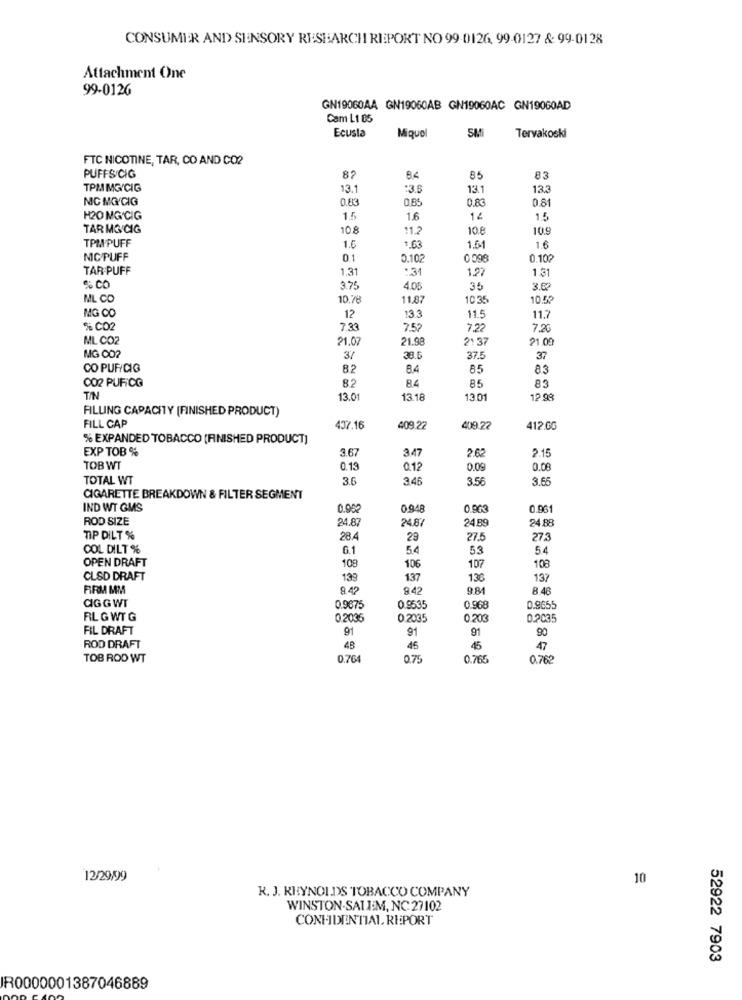
CONSUMER AND> SENSORY RESEARCH REPORT NO 99-0126, 99-0127 & 99-0128
Attachment One
99-0126
GN19060AA GN19060AB GN19060AC GN19060AD
Cam L1 85
Ecusla
SMi
Miquel
Tervakoski
FTC NICOTINE, TAR, CO AND CO?
PUFFS/CIG
87
85
83
TPM MG/CIG
13.1
:3.6
13.1
13.3
MC MG/CIG
0.83
0.85
0.83
08
H20 MG'CIG
1.5
1.6
14
1.5
TAR MG CIG
10.8
11.2
10.8
109
TPM PUFF
1.0
1.63
1.61
1.6
NIC/PUFF
01
0.10
0098
0.10?
TAR PUFF
1.31
:31
1.27
1.31
% CO
3.75
4.05
35
ML CO
10.78
11,87
10 35
10.52
MG CO
12
13.3
11.5
11.7
% CO
7.33
7.52
7.22
7.20
ML CO2
21.07
21.98
21 37
21 09
MG 002
3/
38.0
37.5
37
CO PUF/CIG
82
8.4
85
83
82
84
85
83
CO2 PUFiCG
TIN
13.01
13.18
13.01
12.99
FILLING CAPACITY [FINISHED PRODUCT)
FILL CAP
407.16
409.22
409.22
412.0G
% EXPANDED TOBACCO (FINISHED PRODUCT]
EXP TOB %
3.67
3.47
2.1
TOBWT
0.13
0.12
0.09
0.08
TOTAL WT
3.6
3.46
3.56
3.68
CIGARETTE BREAKDOWN & FILTER SEGMENT
IND WT GMS
0.000
0.948
0.96
ROD SIZE
24.87
24.8
24.89
24.88
TIP DILT %
28.4
29
27.5
27.3
COL DILT %
6.1
5.4
53
54
OPEN DRAFT
108
106
107
108
CLSD DRAFT
139
137
136
137
FIRM MM
9.42
9.42
9.81
8.48
CIGG WT
0.9675
0.9535
0.968
0.9655
RL GWT G
0 2035
0.2035
0.203
0.2035
FIL DRAFT
91
91
91
90
ROD DRAFT
48
45
45
47
TOB ROD WT
0.764
0.75
0.765
0.762
12/29,99
10
R. J. REYNOLDS TOBACCO COMPANY
WINSTON-SALEM, NC 27102
CONFIDENTIAL REPORT
52922 7903
R0000001387046889